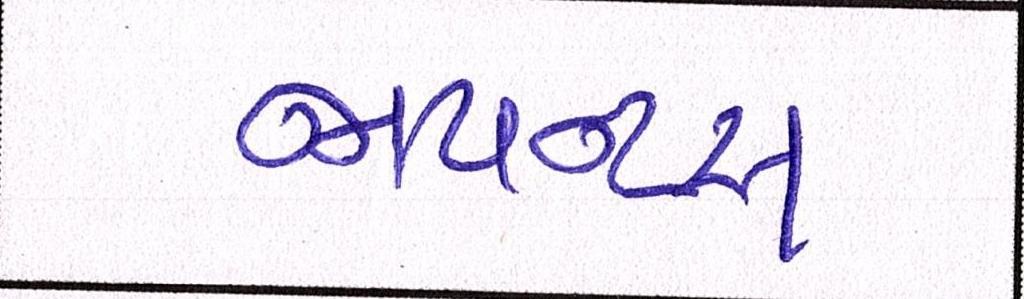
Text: જાયન્ટસ